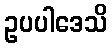
ဥပပါဒေသိ